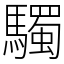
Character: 䮷